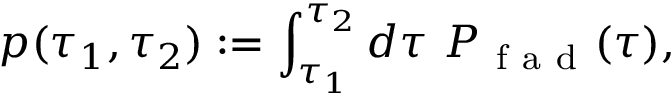
p ( \tau _ { 1 } , \tau _ { 2 } ) : = \int _ { \tau _ { 1 } } ^ { \tau _ { 2 } } d \tau ~ P _ { \mathrm { ~ f ~ a ~ d ~ } } ( \tau ) ,